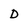
Character: D